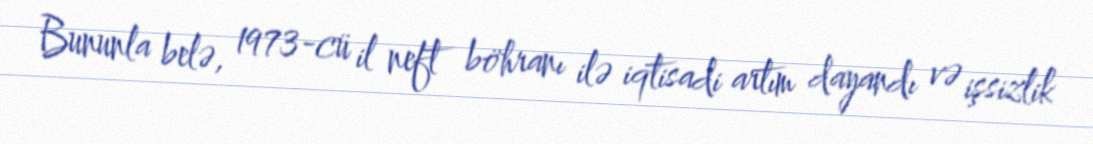
Bununla belə, 1973-cü il neft böhranı ilə iqtisadi artım dayandı və işsizlik